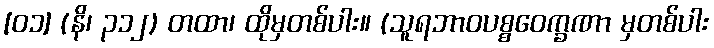
[၀၁] (နိ၊ ၃၁၂) တထာ၊ ထိုမှတစ်ပါး။ (သူရဘာဝပစ္စဝေက္ခဏာ မှတစ်ပါး